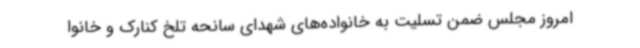
امروز مجلس ضمن تسلیت به خانواده‌های شهدای سانحه تلخ کنارک و خانوا